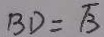
B D = \sqrt { 3 }